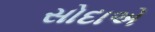
સોદાએ